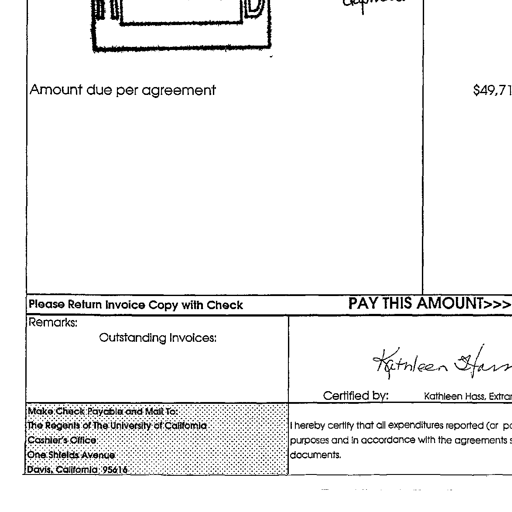
Transcript:
duplicate
Amount due per agreement $49,71
Please Return Invoice Copy with Check PAY THIS AMOUNT>>>
Remarks:
Outstanding Invoices:
Kathleen Hass
Certified by: Kathleen Hass, Extran
Make Check Payable and Mail To:
The Regents of The University of California I hereby certify that all expenditures reported (or po
Cashier's Office purposes and in accordance with the agreements s
One Shields Avenue documents.
Davis, California 95616